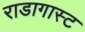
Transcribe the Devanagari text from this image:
राडागास्ट